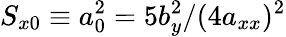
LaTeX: S_{x0}\equiv a_{0}^{2}=5b_{y}^{2}/(4a_{xx})^{2}